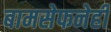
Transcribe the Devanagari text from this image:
बामसेफनेही